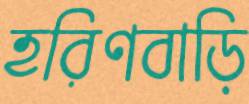
হরিণবাড়ি